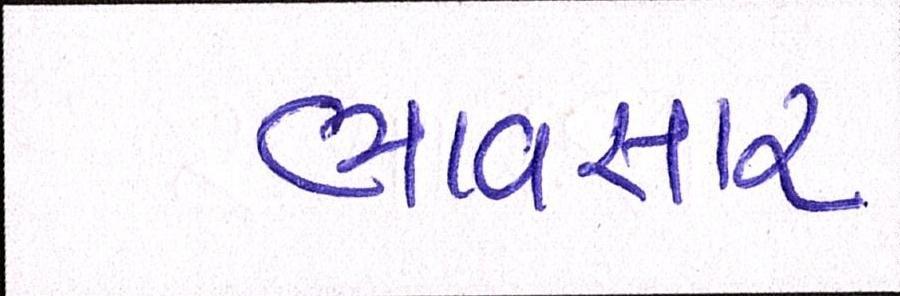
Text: ભાવસારઃ